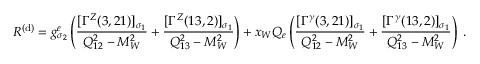
{ \cal R } ^ { ( \mathrm { d } ) } = g _ { \sigma _ { 2 } } ^ { e } \left( \frac { [ \Gamma ^ { Z } ( 3 , 2 1 ) ] _ { \sigma _ { 1 } } } { Q _ { 1 2 } ^ { 2 } - M _ { W } ^ { 2 } } + \frac { [ \Gamma ^ { Z } ( 1 3 , 2 ) ] _ { \sigma _ { 1 } } } { Q _ { 1 3 } ^ { 2 } - M _ { W } ^ { 2 } } \right) + x _ { W } Q _ { e } \left( \frac { [ \Gamma ^ { \gamma } ( 3 , 2 1 ) ] _ { \sigma _ { 1 } } } { Q _ { 1 2 } ^ { 2 } - M _ { W } ^ { 2 } } + \frac { [ \Gamma ^ { \gamma } ( 1 3 , 2 ) ] _ { \sigma _ { 1 } } } { Q _ { 1 3 } ^ { 2 } - M _ { W } ^ { 2 } } \right) \; .